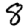
Digit: 8